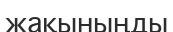
жақыныңды